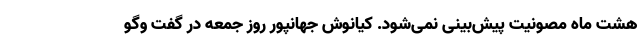
هشت ماه مصونیت پیش‌بینی نمی‌شود. کیانوش جهانپور روز جمعه در گفت وگو